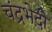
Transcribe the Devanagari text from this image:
चंद्रभेदी